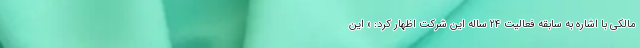
مالکی با اشاره به سابقه فعالیت 24 ساله این شرکت اظهار کرد:‌ « این